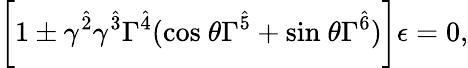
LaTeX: \biggl[1\pm\gamma^{\hat{2}}\gamma^{\hat{3}}\Gamma^{\hat{4}}(\mathrm{cos}\ \theta\Gamma^{\hat{5}}+\mathrm{sin}\ \theta\Gamma^{\hat{6}})\biggr]\epsilon=0,